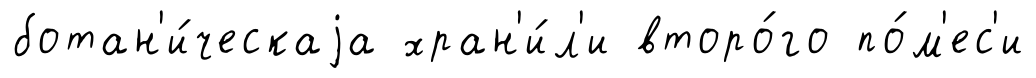
ботан'и́ческаjа хран'и́л'и второ́го по́м'ес'и